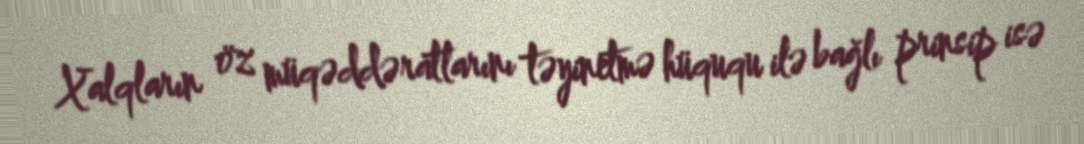
Xalqların öz müqəddəratlarını təyinetmə hüququ ilə bağlı prinsip isə